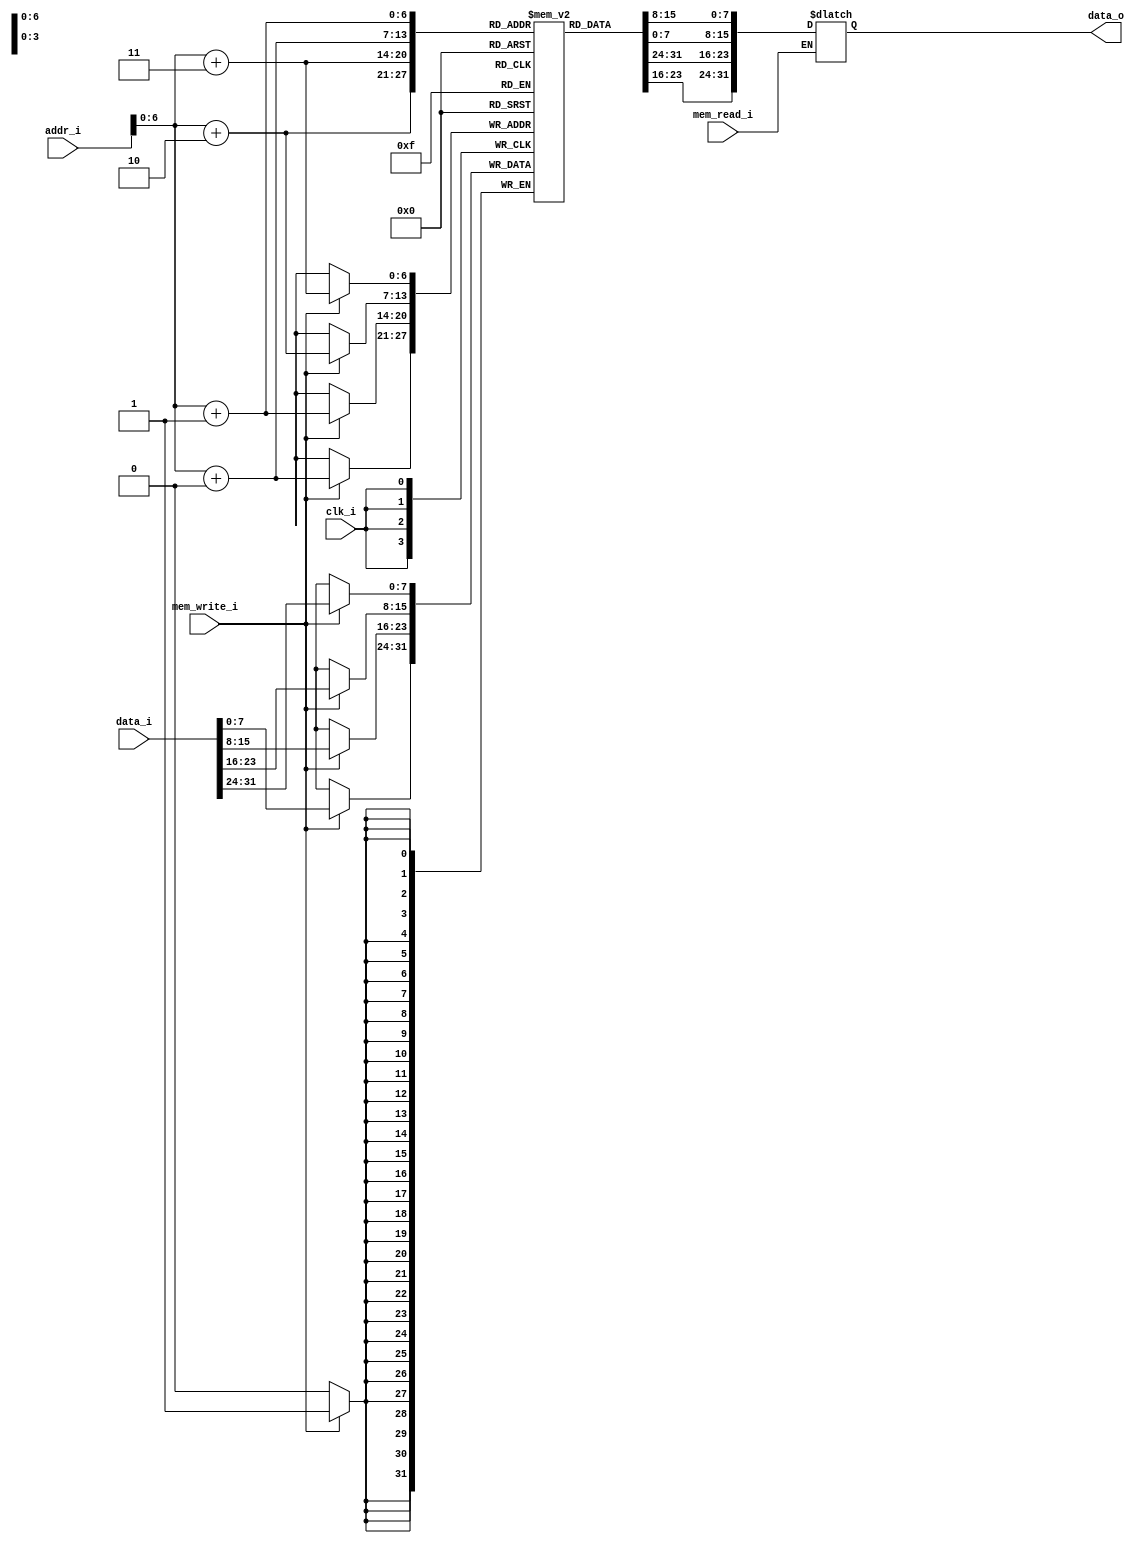
module DataMemory (
	input clk_i,
	input [31:0] addr_i,
	input [31:0] data_i,
	input mem_read_i,
	input mem_write_i,
	output reg [31:0] data_o
);

wire [31:0] mem_debug [0:31];
reg [7:0] mem_file [0:127];
integer iterator;

assign mem_debug[0]  = {mem_file[3],   mem_file[2],   mem_file[1],   mem_file[0]};
assign mem_debug[1]  = {mem_file[7],   mem_file[6],   mem_file[5],   mem_file[4]};
assign mem_debug[2]  = {mem_file[11],  mem_file[10],  mem_file[9],   mem_file[8]};
assign mem_debug[3]  = {mem_file[15],  mem_file[14],  mem_file[13],  mem_file[12]};
assign mem_debug[4]  = {mem_file[19],  mem_file[18],  mem_file[17],  mem_file[16]};
assign mem_debug[5]  = {mem_file[23],  mem_file[22],  mem_file[21],  mem_file[20]};
assign mem_debug[6]  = {mem_file[27],  mem_file[26],  mem_file[25],  mem_file[24]};
assign mem_debug[7]  = {mem_file[31],  mem_file[30],  mem_file[29],  mem_file[28]};
assign mem_debug[8]  = {mem_file[35],  mem_file[34],  mem_file[33],  mem_file[32]};
assign mem_debug[9]  = {mem_file[39],  mem_file[38],  mem_file[37],  mem_file[36]};
assign mem_debug[10] = {mem_file[43],  mem_file[42],  mem_file[41],  mem_file[40]};
assign mem_debug[11] = {mem_file[47],  mem_file[46],  mem_file[45],  mem_file[44]};
assign mem_debug[12] = {mem_file[51],  mem_file[50],  mem_file[49],  mem_file[48]};
assign mem_debug[13] = {mem_file[55],  mem_file[54],  mem_file[53],  mem_file[52]};
assign mem_debug[14] = {mem_file[59],  mem_file[58],  mem_file[57],  mem_file[56]};
assign mem_debug[15] = {mem_file[63],  mem_file[62],  mem_file[61],  mem_file[60]};
assign mem_debug[16] = {mem_file[67],  mem_file[66],  mem_file[65],  mem_file[64]};
assign mem_debug[17] = {mem_file[71],  mem_file[70],  mem_file[69],  mem_file[68]};
assign mem_debug[18] = {mem_file[75],  mem_file[74],  mem_file[73],  mem_file[72]};
assign mem_debug[19] = {mem_file[79],  mem_file[78],  mem_file[77],  mem_file[76]};
assign mem_debug[20] = {mem_file[83],  mem_file[82],  mem_file[81],  mem_file[80]};
assign mem_debug[21] = {mem_file[87],  mem_file[86],  mem_file[85],  mem_file[84]};
assign mem_debug[22] = {mem_file[91],  mem_file[90],  mem_file[89],  mem_file[88]};
assign mem_debug[23] = {mem_file[95],  mem_file[94],  mem_file[93],  mem_file[92]};
assign mem_debug[24] = {mem_file[99],  mem_file[98],  mem_file[97],  mem_file[96]};
assign mem_debug[25] = {mem_file[103], mem_file[102], mem_file[101], mem_file[100]};
assign mem_debug[26] = {mem_file[107], mem_file[106], mem_file[105], mem_file[104]};
assign mem_debug[27] = {mem_file[111], mem_file[110], mem_file[109], mem_file[108]};
assign mem_debug[28] = {mem_file[115], mem_file[114], mem_file[113], mem_file[112]};
assign mem_debug[29] = {mem_file[119], mem_file[118], mem_file[117], mem_file[116]};
assign mem_debug[30] = {mem_file[123], mem_file[122], mem_file[121], mem_file[120]};
assign mem_debug[31] = {mem_file[127], mem_file[126], mem_file[125], mem_file[124]};

initial begin
	for (iterator = 0; iterator < 128; iterator = iterator + 1)
		mem_file[iterator] = 8'b0;
end

always @(posedge clk_i) begin
	if (mem_write_i) begin
		mem_file[addr_i + 3] <= data_i[31:24];
		mem_file[addr_i + 2] <= data_i[23:16];
		mem_file[addr_i + 1] <= data_i[15:8];
		mem_file[addr_i + 0] <= data_i[7:0];
	end
end

always @(addr_i or mem_read_i) begin
	if (mem_read_i)
		data_o = {mem_file[addr_i + 3], mem_file[addr_i + 2],
		          mem_file[addr_i + 1], mem_file[addr_i + 0]};
end

endmodule